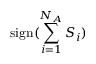
\mathrm { s i g n } ( \sum _ { i = 1 } ^ { N _ { A } } S _ { i } )